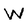
Character: W